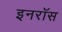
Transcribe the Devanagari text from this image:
इनरॉस